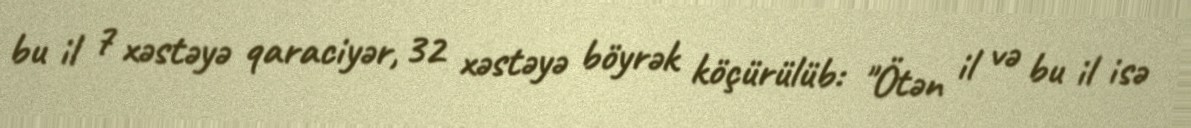
bu il 7 xəstəyə qaraciyər, 32 xəstəyə böyrək köçürülüb: "Ötən il və bu il isə